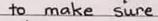
to make sure